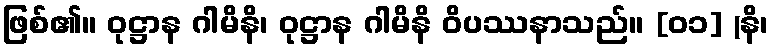
ဖြစ်၏။ ဝုဋ္ဌာန ဂါမိနိ၊ ဝုဋ္ဌာန ဂါမိနိ ဝိပဿနာသည်။ [၀၁] (နိ၊